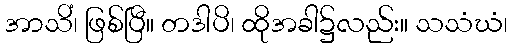
အာသိံ၊ ဖြစ်ပြီ။ တဒါပိ၊ ထိုအခါ၌လည်း။ သသံဃံ၊